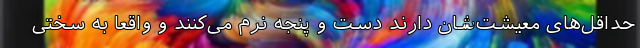
حداقل‌های معیشت‌شان دارند دست و پنجه نرم می‌کنند و واقعا‌ به سختی